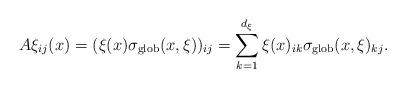
LaTeX: \begin{align*} A\xi_{ij}(x)=(\xi(x)\sigma_{\textnormal{glob}}(x,\xi))_{ij}=\sum_{k=1}^{d_\xi}\xi(x)_{ik}\sigma_{\textnormal{glob}}(x,\xi)_{kj}.\end{align*}